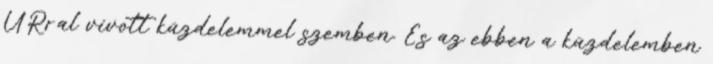
ÚRral vívott küzdelemmel szemben. És az ebben a küzdelemben